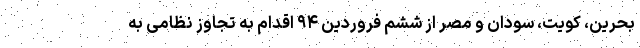
بحرین، کویت، سودان و مصر از ششم فروردین ۹۴ اقدام به تجاوز نظامی به